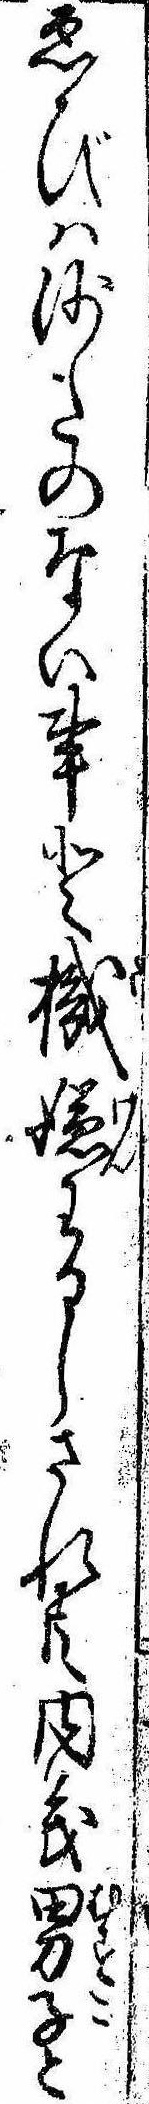
ゑびは沙たのない事と機嫌わるしされ共内義男子と